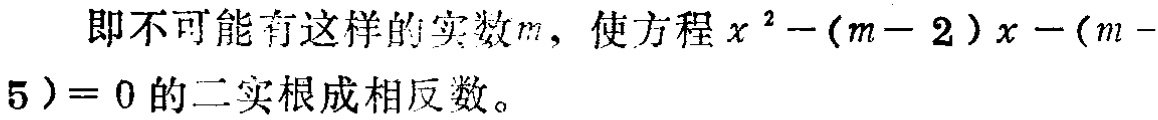
即不可能有这样的实数\(m\)，使方程\(x^{2}-(m - 2)x-(m - 5)=0\)的二实根成相反数。